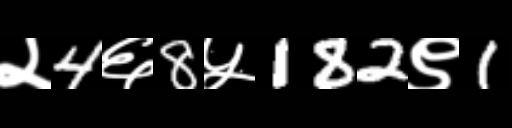
Text: २4६8५182९1